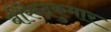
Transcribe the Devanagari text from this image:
बीरेन्द्रकुमार